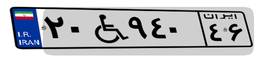
۳۶W۱۵۵۷۵